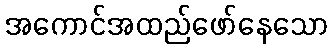
အကောင်အထည်ဖော်နေသော